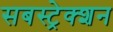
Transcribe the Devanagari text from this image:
सबस्ट्रेक्शन